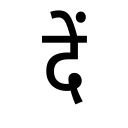
OCR:
दें